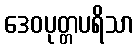
ဒေဝပုတ္တပရိသာ